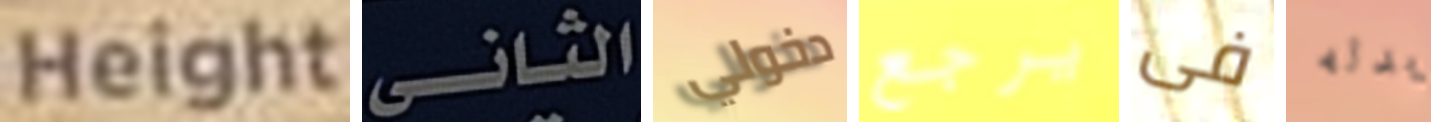
Height الثانى دخولي يرجع فى بدله